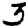
Digit: 3